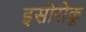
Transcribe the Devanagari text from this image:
इसोरोकू